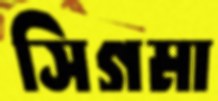
সিগমা